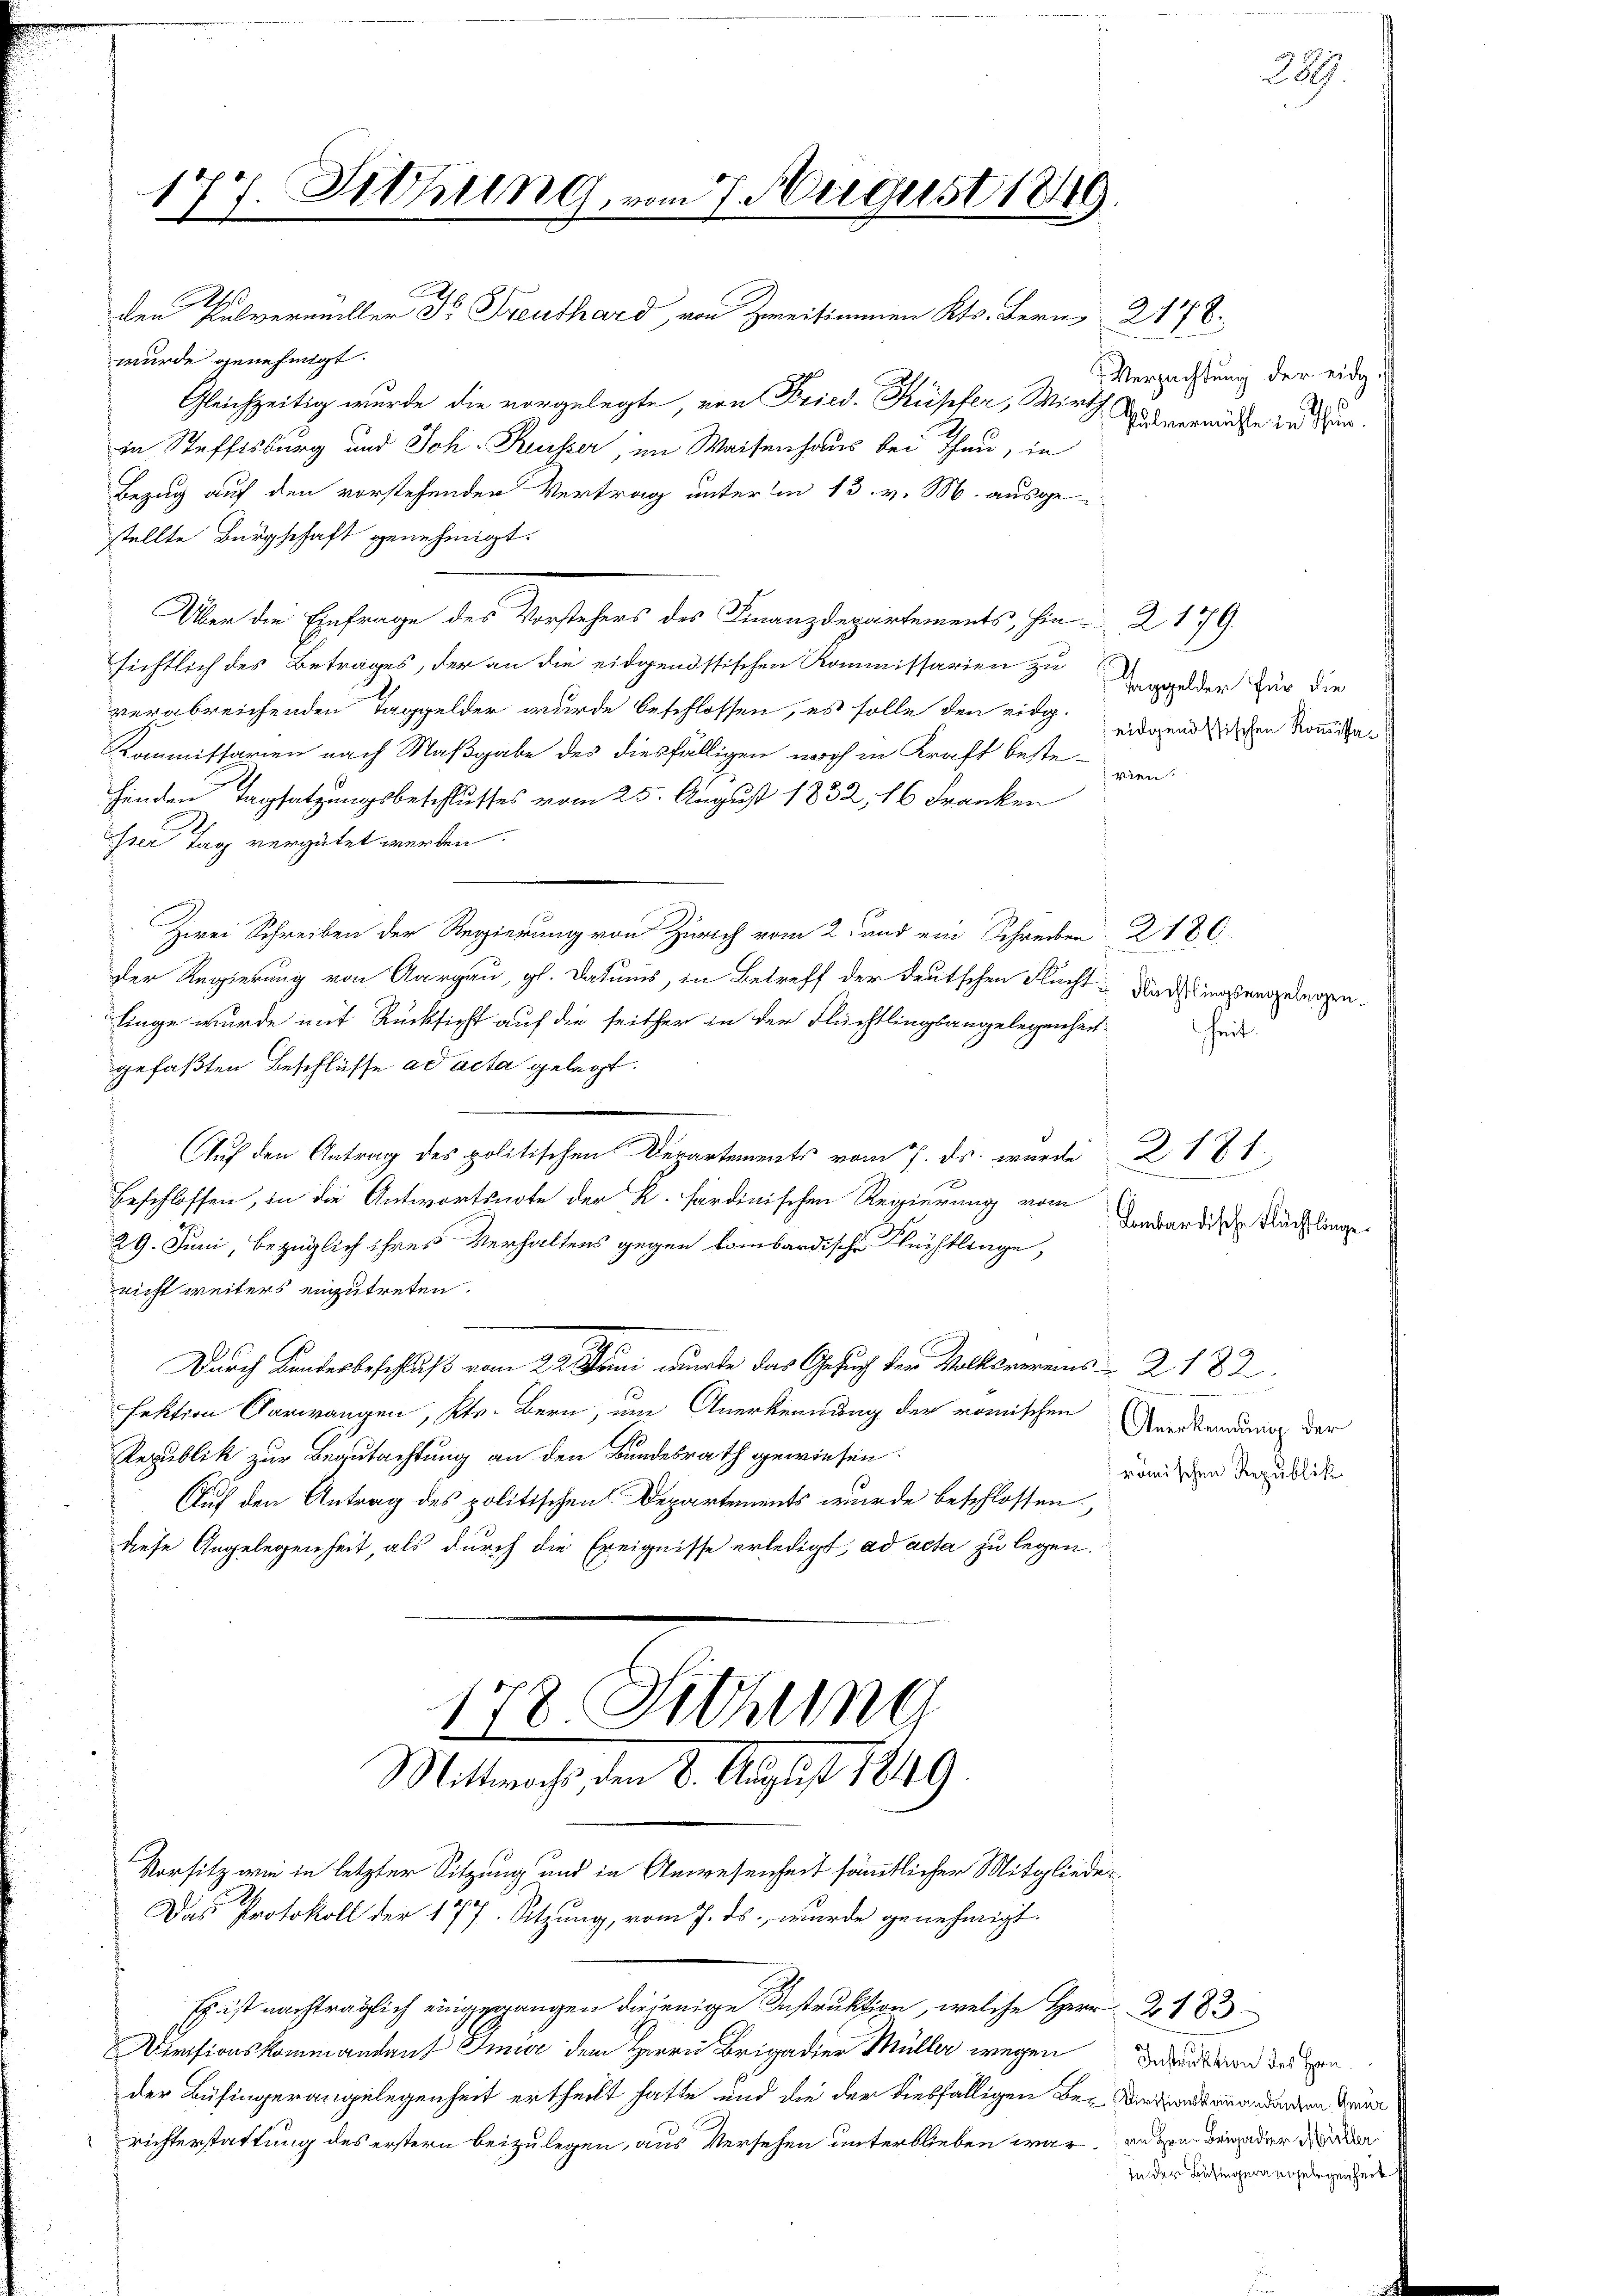
2
wurde genehmigt.

177

Gleichzeitig wurde die vorgelegte, von Fried. Kupfer, Wirth Anderenade in de
in Steffisburg und Joh. Reusser, im Waisenhaus bei an, in
Bezug auf den vorstehenden Vertrag unter in 13. v. M. ausge
stellte Bürgschaft genehmigt.
Über die Einfrage des Vorstehers des Finanzdepartements, hin 2 179.
sichtlich des Betrages, der an die eidgenössischen Kommissarien zu
verabreichenden Taggelder wurde beschlossen, es solle den eidg. eidgendischen Kommißa¬
Kommissarien nach Maßgabe des diesfälligen noch in Kraft bestevien.
henden Tagsatzungsbeschlusses vom 25. August 1832, 16 Franken
hrer Tag vergütet werden.
Zwei Schreiben der Regierung von Zürich vom 2. und ein Schreiben 2180.
Der Regierung von Aargau, gl. Datums, in Betreff der deutschen Flucht-Nach instengelegen.
linge wurde mit Rücksicht auf die seither in der Flüchtlingsangelegenheit
gefaßten Beschlüsse ad acta gelegt.
Auf den Antrag des politischen Departements vom 7. ds. wurde 217 f
beschlossen, in die Antwortsnote der R. sardinischen Regierung vom
29. Juni, bezüglich ihres Verhaltens gegen kombardische Flüchtlinge,
nicht weiters einzutreten.
Durch Landesbeschluß vom 22. Juni wurde das Gesuch der Volksvereins - 2. 182.
fektion Carwangen, Kts. Bern, um Anerkennung der römischen
Republik zur Begutachtung an den Bundesrath gewiesen.
Auf den Antrag des politischen Departements wurde beschlossen,
diese Angelegenheit, als durch die Ereignisse erledigt, ad acta zu legen.
178. Sitzung
Mittwochs, den 8. August 1849.
Vorsitz wie in letzter Sitzung und in Anwesenheit sämmtlicher Mitglieder¬
Das Protokoll der 177. Sitzung, vom 7. ds. wurde genehmigt.
Es ist nachträglich eingegangen diejenige Instruktion, welche Herr Z 183
Divisionskommandant Imur dem Herrn Brigadier Müller wegen Bezeit von dessen
der Büfingerangelegenheit ertheilt hatte und die der diesfälligen Be- Reisendemandungen den
richterstattung des erstern beizulegen, aus Versehen unterblieben war, an den bei der Werden

Sitzung, vom 7. August 1849

den Pulvermüller Dr. Prenthard, von Zweitiannen Kts. Bern, 2178.

Taggelder für die

heit.

2
Lombardische Flüchtlinge.

Anerkennung der
römischen Republik

zu der Besingerangelegenheit

Verpachtung der eidg.

289.